Vital statistics of India. Vol. IV, Annual returns from 1871 to 1876. British Army of India, Native Army and jails of Bengal
Year: 1871
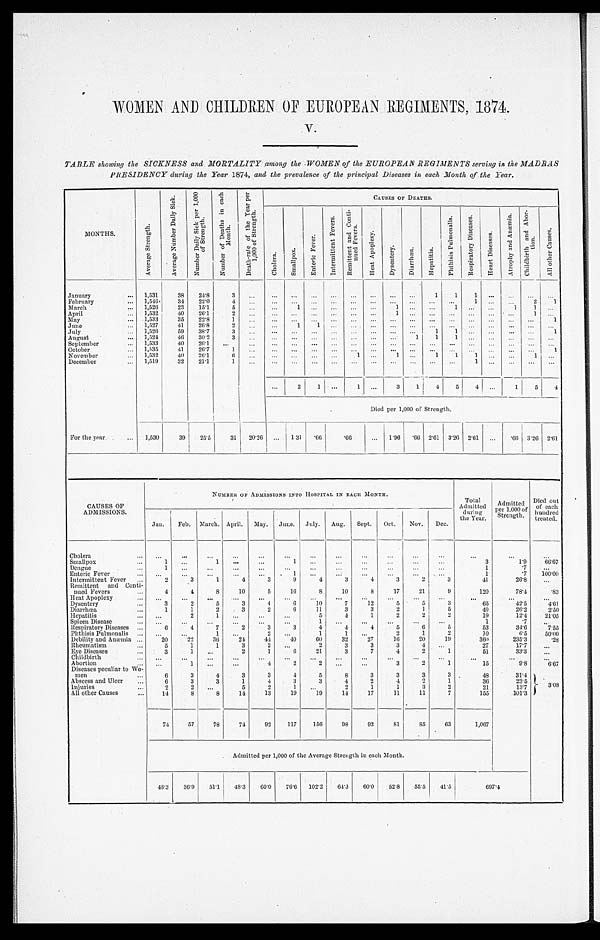
V.
TABLE showing the SICKNESS and MORTALITY among the WOMEN of the EUROPEAN REGIMENTS serving in the MADRAS
PRESIDENCY during the Year 1874, and the prevalence of the principal Diseases in each Month of the Year.
MONTHS.
A v e r a g e S t r e n g t h .
A v e r a g e N u m b e r D a i l y S i c k .
N u m b e r D a i l y S i c k p e r 1 , 0 0 0 o f S t r e n g t h .
N u m b e r o f D e a t h s i n e a c h M o n t h .
D e a t h - r a t e o f t h e Y e a r p e r 1 , 0 0 0 o f S t r e n g t h .
CAUSES OF DEATHS.
C h o l e r a .
S m a l l p o x .
E n t e r i c F e v e r .
I n t e r m i t t e n t F e v e r s .
R e m i t t e n t a n d C o n t i - n u e d F e v e r s .
H e a t A p o p l e x y .
D y s e n t e r y .
D i a r r h œ a .
H e p a t i t i s .
P h t h i s i s P u l m o n a l i s .
R e s p i r a t o r y D i s e a s e s .
H e a r t D i s e a s e s .
A t r o p h y a n d A n æ m i a .
C h i l d b i r t h a n d A b o r - t i o n .
A l l o t h e r C a u s e s .
January . . .
1,531
38
24.8
3
. . .
. . .
. . .
. . .
. . .
. . .
. . .
. . .
. . .
1
1
1
. . .
. . .
. . .
. . .
February . . .
1,546
34
22.0
4
. . .
. . .
. . .
. . .
. . .
. . .
. . .
. . .
. . .
. . .
. . .
1
. . .
. . .
2
1
March . . .
1,526
23
15.1
5
. . .
. . .
1
. . . . . .
. . .
. . .
1
. . .
. . .
1
. . .
. . .
1
1
. . .
April . . .
1,532
40
26.1
2
. . .
. . .
. . .
. . .
. . .
. . .
. . .
1
. . .
. . .
. . . . . .
. . .
. . .
1
. . .
May . . .
1,533
35
22.8
1
. . .
. . .
. . .
. . .
. . .
. . .
. . . . . .
. . .
. . .
. . .
. . .
. . .
. . .
. . .
1
June . . .
1,527
41
26.8
2
. . .
. . .
1
1
. . .
. . .
. . . . . .
. . .
. . .
. . .
. . . . . .
. . .
. . .
. . .
July . . .
1,526
59
38.7
3
. . .
. . .
. . .
. . .
. . . . . .
. . .
. . .
. . .
1
1
. . . . . .
. . .
. . .
1
August . . .
1,524
46
30.2
3
. . .
. . .
. . .
. . .
. . .
. . .
. . .
. . .
1
1
1
. . .
. . .
. . .
. . .
. . .
September . . .
1,533
40
26.1
. . .
. . .
. . .
. . .
. . .
. . .
. . .
. . .
. . .
. . .
. . .
. . .
. . .
. . .
. . .
. . .
. . .
October . . .
1,535
41
26.7
1
. . .
. . .
. . .
. . .
. . .
. . .
. . .
. . .
. . .
. . .
. . .
. . .
. . .
. . . . . .
1
November . . .
1,532
40
26.1
6
. . .
. . .
. . .
. . .
. . .
1
. . .
1
. . .
1
1
1
. . .
. . .
1
. . .
December . . .
1,519
32
21.1
1
. . .
. . .
. . .
. . . . . .
. . .
. . . . . .
. . .
. . .
. . .
1
. . .
. . .
. . .
. . .
. . .
2
1 . . .
1
. . .
3
1
4
5
4
. . .
1
5
4
Died per 1,000 of Strength.
For the year . . .
1,530
39
25.5
31
20.26
. . .
1.31
. 66
.66
. . .
1.96 .66
2.61
3.26
2.61
. . .
.66 3.26
2.61
CAUSES OF
ADMISSIONS.
NUMBER OF ADMISSIONS INTO HOSPITAL IN EACH MONTH.
Total
Admitted
during
the Year.
Admitted
per 1,000 of
Strength.
Died out
of each
hundred
treated.
Jan.
Feb.
March. April.
May.
June.
July.
Aug.
Sept.
Oct.
Nov.
Dec.
Cholera . . .
. . .
. . .
. . .
. . .
. . .
. . .
. . .
. . .
. . .
. . .
. . .
. . .
. . .
. . .
. . .
Smallpox . . .
1
. . .
1
. . .
. . .
1
. . .
. . .
. . .
. . .
. . .
. . .
3
1.9
66.67
Dengue . . .
1
. . .
. . .
. . .
. . .
. . .
. . .
. . .
. . .
. . .
. . .
. . .
1
.7
. . .
Enteric Fever . . .
. . .
. . .
. . .
. . .
. . .
1
. . .
. . .
. . .
. . .
. . .
. . .
1
.7
100.00
Intermittent Fever . . .
2
3
1
4
3
9
4
3
4
3
2
3
41
26.8
. . .
Remittent and Conti-
nued Fevers . . .
4
4
8
10
5
16
8
10
8
17
21
9
120
78.4
.83
Heat Apoplexy . . .
. . .
. . .
. . .
. . .
. . .
. . .
. . .
. . .
. . .
. . .
. . .
. . .
. . .
. . .
. . .
Dysentery . . .
3
2
5
3
4
6
10
7
12
5
5
3
65
42.5
4.61
Diarrhœa . . .
1
1
2
3
2
6
11
3
3
2
1
5
40
26.2
2.50
Hepatitis . . .
. . .
2
1
. . .
. . .
. . .
5
4
1
2
2
2
19
12.4
21.05
Spleen Disease . . .
. . .
. . .
. . .
. . .
. . .
. . .
1
. . .
. . .
. . .
. . .
. . .
1
.7
. . .
Respiratory Diseases . . .
6
4
7
2
3
3
4
4
4
5
6
5
53
34.6
7.55
Phthisis Pulmonalis . . .
. . .
. . .
1
. . .
2
. . .
1
1
. . .
2
1
2
1 0
6.5
50.00
Debility and Anæmia . . .
20
22
36
24
44
40
60
32
27
16
20
19
360
235.3
.28
Rheumatism . . .
5
1
1
3
2
. . .
2
3
3
3
4
. . .
27
17.7
. . .
Eye Diseases . . .
3
1
. . .
2
1
6
21
3
7
4
2
1
51
33.3
. . .
Childbirth . . .
. . .
. . .
. . .
. . .
. . .
. . .
. . .
. . .
. . .
. . .
. . .
. . .
. . .
. . .
. . .
Abortion . . .
. . .
1
. . .
. . .
4
2
2
. . .
. . .
3
2
1
15
9.8
6.67
Diseases peculiar to Wo
-
men . . .
6
3
4
3
3
4
5
8
3
3
3
3
4 8
31.4
3.08
Abscess and Ulcer . . .
6
3
3
1
4
3
3
4
2
4
2
1
36
23.5
Injuries . . .
2
2
. . .
5
2
1
. . .
2
1
1
3
2
21
13.7
All other Causes . . .
14
8
8
14
13
19
19
14
17
11
11
7
155
101.3
74
57
78
74
92
117
156
98
92
81
85
63
1,067
Admitted per 1,000 of the Average Strength in each Month.
48.3
36.9
51.1
48.3
60.0
76.6
102.2
64.3
60.0
52.8
55.5
41.5
6 9 7 . 4